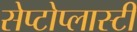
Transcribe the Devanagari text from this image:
सेप्टोप्लास्टी